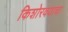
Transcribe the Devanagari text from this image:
किशोरवयाचा